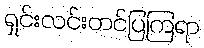
ရှင်းလင်းတင်ပြကြရာ